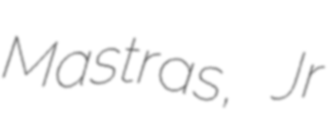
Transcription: Mastras, Jr